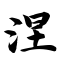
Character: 涅